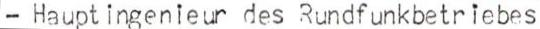
- Hauptingenieur des Rundfunkbetriebes